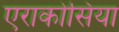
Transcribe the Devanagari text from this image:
एराकोसिया